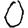
Digit: 0